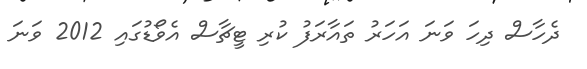
ދެހާސް ދިހަ ވަނަ އަހަރު ތައާރަފު ކުރި ޓީޗާސް އެވޯޑުގައި 2012 ވަނަ